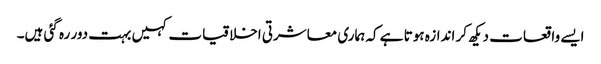
ایسے واقعات دیکھ کر اندازہ ہوتا ہے کہ ہماری معاشرتی اخلاقیات کہیں بہت دور رہ گئی ہیں۔